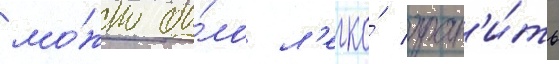
мо́жно бы́ло л'егко́ хран'и́ть